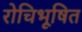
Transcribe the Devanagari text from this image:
रोचिभूषित